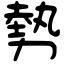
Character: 勢